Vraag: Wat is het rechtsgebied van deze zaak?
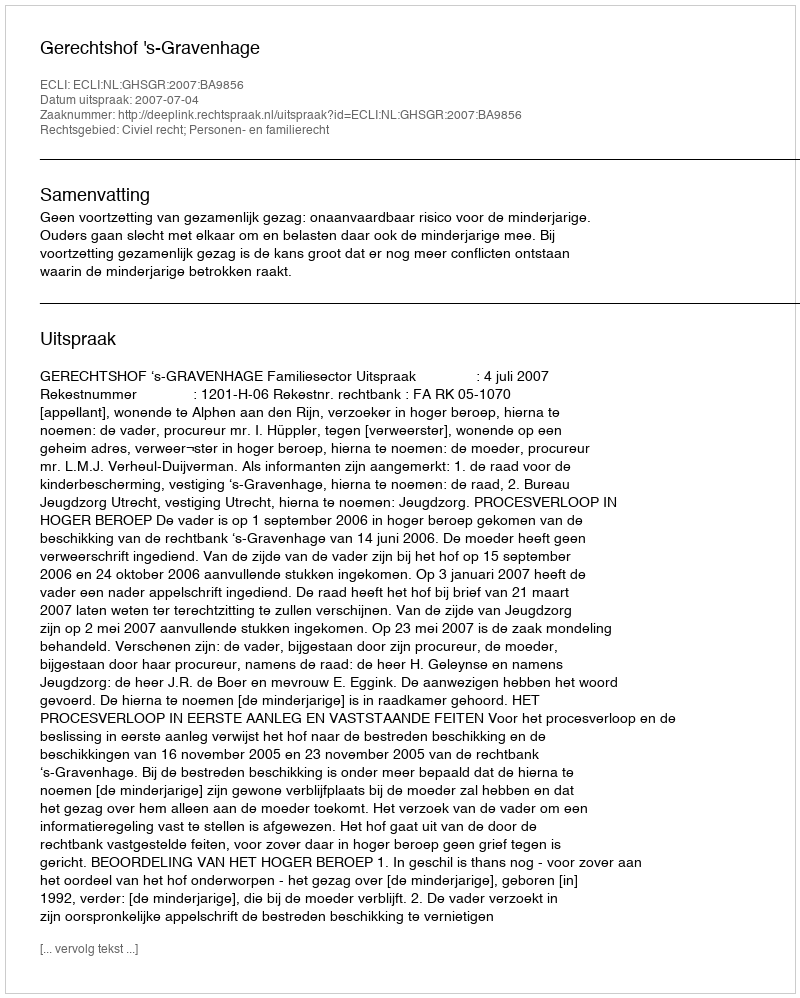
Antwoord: Civiel recht; Personen- en familierecht